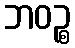
ဘဝဉ္စ